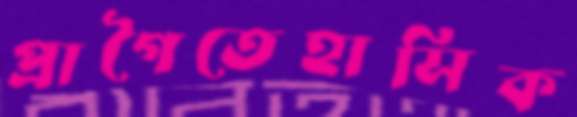
প্রাগৈতেহাসিক